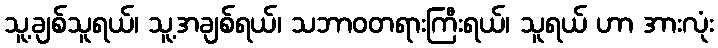
သူ့ချစ်သူရယ်၊ သူ့အချစ်ရယ်၊ သဘာဝတရားကြီးရယ်၊ သူရယ် ဟာ အားလုံး